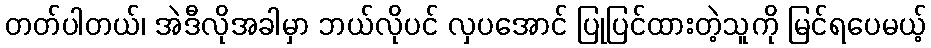
တတ်ပါတယ်၊ အဲဒီလိုအခါမှာ ဘယ်လိုပင် လှပအောင် ပြုပြင်ထားတဲ့သူကို မြင်ရပေမယ့်